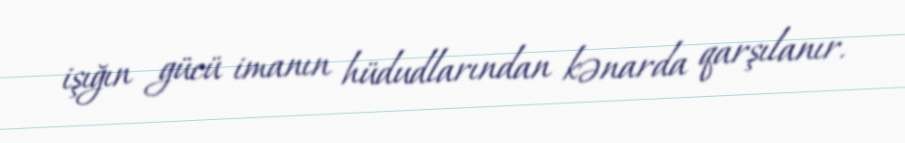
işığın gücü imanın hüdudlarından kənarda qarşılanır.